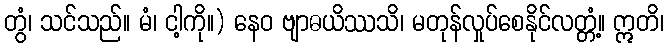
တွံ၊ သင်သည်။ မံ၊ ငါ့ကို။) နေဝ ဗျာဓယိဿသိ၊ မတုန်လှုပ်စေနိုင်လတ္တံ့။ ဣတိ၊